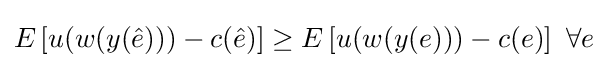
E\left[u(w(y({\hat {e}})))-c({\hat {e}})\right]\geq E\left[u(w(y(e)))-c(e)\right]\ \forall e